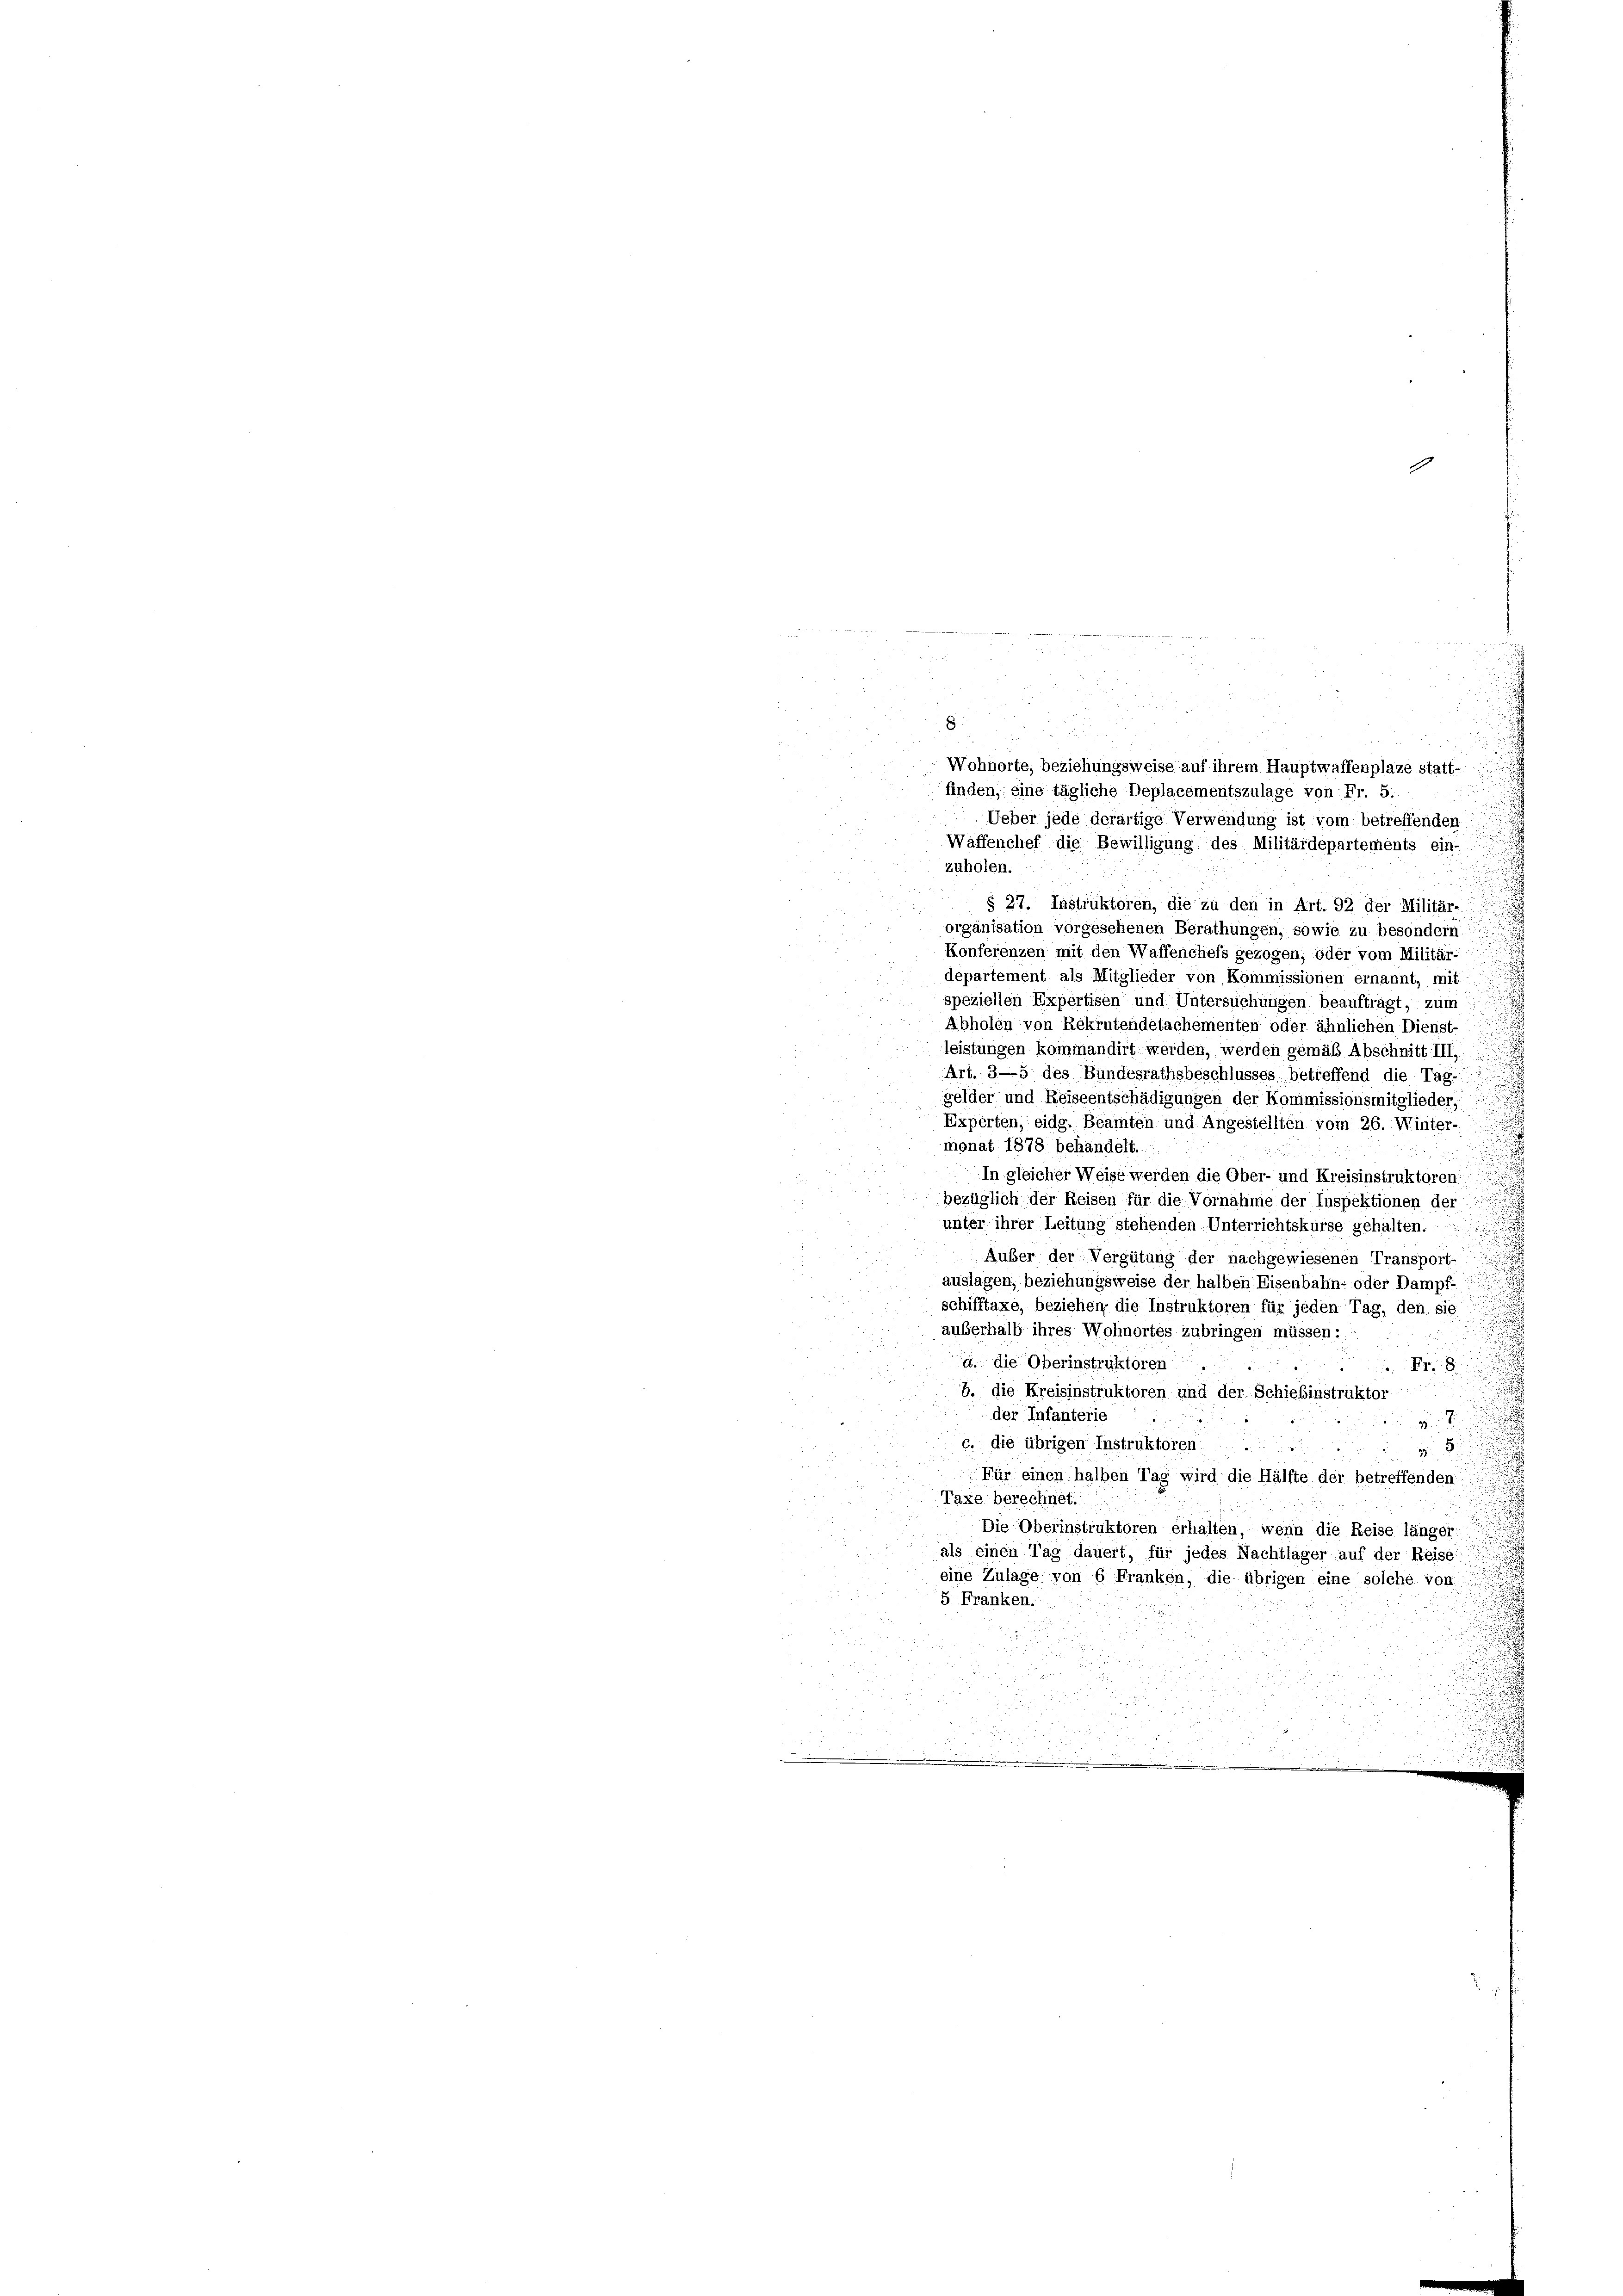
8

.

finden, eine tägliche Deplacementszulage von Fr. 5.
Ueber jede derartige Verwendung ist vom betreffenden
Waffenchef die Bewilligung des Militärdepartements ein-
zuholen.
§ 27. Instruktoren, die zu den in Art. 92 der Militär-
organisation vorgesehenen Berathungen, sowie zu besondern.
Konferenzen mit den Waffenchefs gezogen, oder vom Militär-
departement als Mitglieder von Kommissionen ernannt, mit:
speziellen Expertisen und Untersuchungen beauftragt, zum
Abholen von Rekrutendetachementen oder ähnlichen Dienst-
leistungen kommandirt werden, werden gemäß Abschnitt III.
Art. 3—5 des Bundesrathsbeschlusses betreffend die Tag.
gelder und Reiseentschädigungen der Kommissionsmitglieder,
Experten, eidg. Beamten und Angestellten vom 26. Winter-
monat 1878 behandelt.
In gleicher Weise werden die Ober- und Kreisinstruktoren
bezüglich der Reisen für die Vornahme der Inspektionen der
unter ihrer Leitung stehenden Unterrichtskurse gehalten.
Auber der Vergütung der nachgewiesenen Transport-
auslagen, beziehungsweise der halben Eisenbahn- oder Dampf.
schifftaxe, beziehen, die Instruktoren für jeden Tag, den sie
außerhalb ihres Wohnortes zubringen müssen:
.
a. die Oberinstruktoren.
Fr. 8
b. die Kreisinstruktoren und der Schiebinstruktor
der Infanterie
v. 8.
c. die übrigen Instruktoren:

 8
Für einen halben Tag wird die Hälfte der betreffenden:
Taxe berechnet.
Die Oberinstruktoren erhalten, wenn die Reise länger
als einen Tag dauert, für jedes Nachtlager auf der Reise
eine Zulage von 6 Franken, die übrigen eine solche von
5. Franken.

Wohnorte, beziehungsweise auf ihrem Hauptwaffenplaze statt-